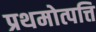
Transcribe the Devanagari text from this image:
प्रथमोत्पत्ति